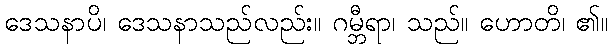
ဒေသနာပိ၊ ဒေသနာသည်လည်း။ ဂမ္ဘီရာ၊ သည်။ ဟောတိ၊ ၏။